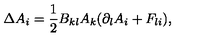
\Delta A _ { i } = \frac { 1 } { 2 } B _ { k l } A _ { k } ( \partial _ { l } A _ { i } + F _ { l i } ) ,